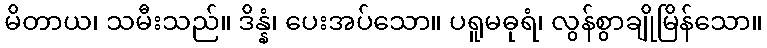
မိတာယ၊ သမီးသည်။ ဒိန္နံ၊ ပေးအပ်သော။ ပရူမဓုရံ၊ လွန်စွာချိုမြိန်သော။